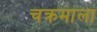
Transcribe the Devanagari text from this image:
चक्रमाला